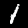
Digit: 1